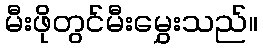
မီးဖိုတွင်မီးမွှေးသည်။